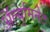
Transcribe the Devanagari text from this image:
अॅल्युमिनेट